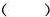
()